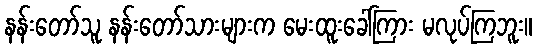
နန်းတော်သူ နန်းတော်သားများက မေးထူးခေါ်ကြား မလုပ်ကြဘူး။